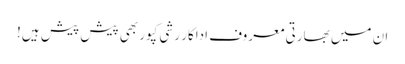
ان میں بھارتی معروف اداکار رشی کپور بھی پیش پیش ہیں!